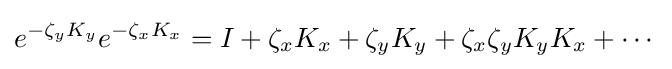
e^{-\zeta _{y}K_{y}}e^{-\zeta _{x}K_{x}}=I+\zeta _{x}K_{x}+\zeta _{y}K_{y}+\zeta _{x}\zeta _{y}K_{y}K_{x}+\cdots